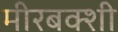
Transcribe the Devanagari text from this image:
मीरबक्शी